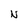
Character: N